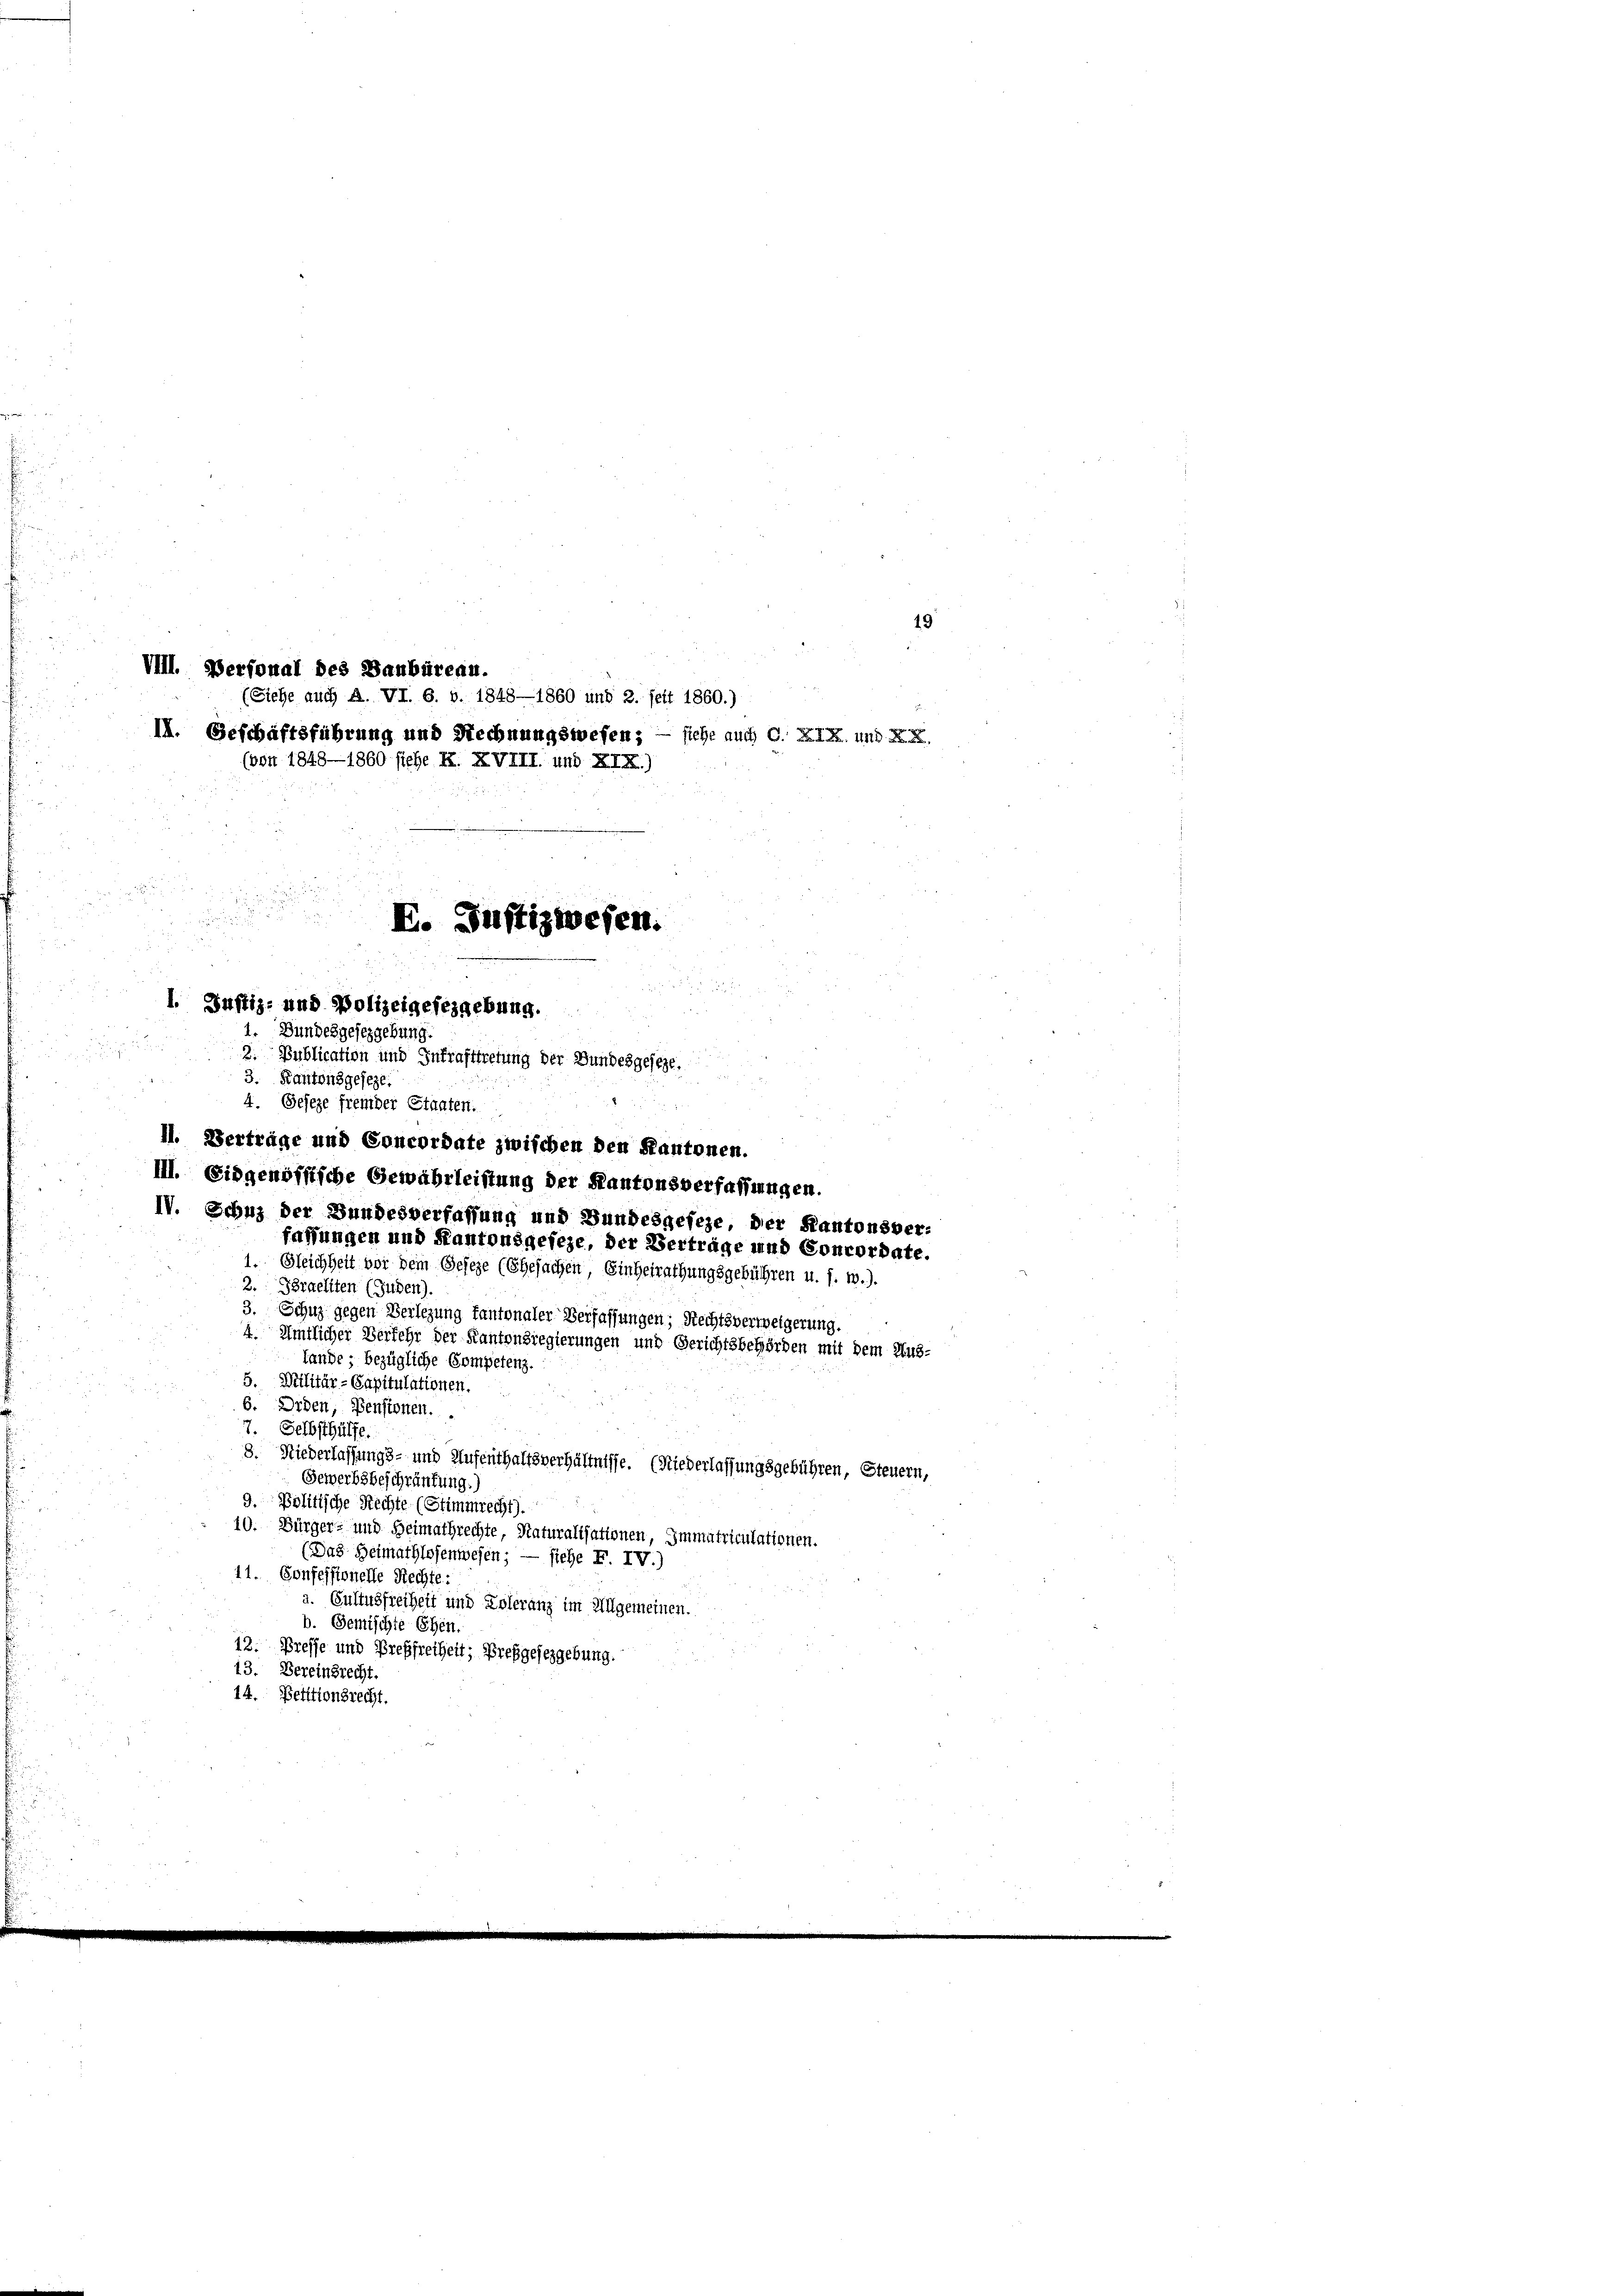
VIII. Personal des Danbüreau.
(von 1848—1860 sehe k. XVIII und XIX.)
E. Justizwesen.
d

1. Justiz- und Polizeigefeigebung.
1. Bundesgesezgebung.

2. Publication und Inkrafttretung der Bundesgeseze

(Siehe auch A. VI. 6. v. 1848—1860 und 2. seit 1860.)
II. Geschäftsführung und Rechnungswesen; — siehe auch C. XIX und XX

3. Kantonsgeseze
x
4. Geseze fremder Staaten.
II. Verträge und Concordate zwischen den Kantonen.
III. Eidgenoffiche Gewährleistung der Kantonsverfassungen.
IV. Schuz der Bundesverfassung und Bundesgefeze, der Kantonsver-
fassungen und Kantonsgefeze, der Vertrage und Concordate.
1. Gleichheit vor dem Geseze (Ehesachen, Einheirathungsgebühren u. s. w.).
2. Praeliten (Juden).
3. Schuz gegen Verlegung fantonaler Verfassungen; Rechtsverweigerung.
4. Amtlicher Verfehr der Kantonsregierungen und Gerichtsbehörden mit dem Aus-
Lande; bezügliche Competenz.
5. Militär-Capitulationen.
6. Erden, Pensionen.
7. Selbsthülfe.
8. Niederlassungs- und Aufenthaltsverhältnisse. (Niederlassungsgebühren, Steuern,
Gewerbsbeschränkung.)
9. Politische Rechte (Stimmrecht).
10. Bürger- und Heimathrechte, Naturalisationen, Immatriculationen.
(Das Heimathlosenwesen; — siehe F. IV.)
11. Confessionelle Rechte:
a. Eustusfreiheit und Zoleranz im Allgemeinen.
b. Gemischte Ehen.
12. Preffe und Preßfreiheit; Preßgesezgebung.
13. Bereinbrecht.
14. Bertionsrecht.

19